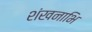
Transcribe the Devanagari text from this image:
शंखनाभि